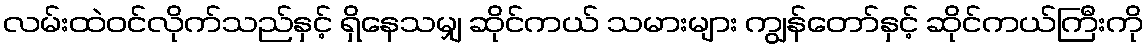
လမ်းထဲဝင်လိုက်သည်နှင့် ရှိနေသမျှ ဆိုင်ကယ် သမားများ ကျွန်တော်နှင့် ဆိုင်ကယ်ကြီးကို